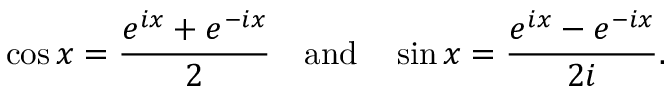
\cos x = { \frac { e ^ { i x } + e ^ { - i x } } { 2 } } \quad { \mathrm { a n d } } \quad \sin x = { \frac { e ^ { i x } - e ^ { - i x } } { 2 i } } .